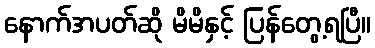
နောက်အပတ်ဆို မိမိနှင့် ပြန်တွေ့ရပြီ။